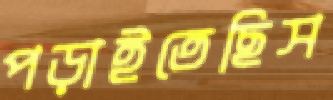
পড়াইতেছিস